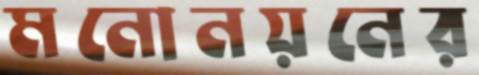
মনোনয়নের